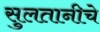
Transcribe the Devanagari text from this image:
सुलतानीचे